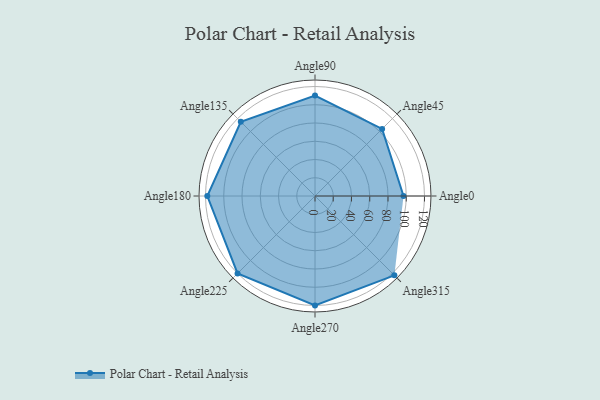
{"axis": {"x": "Angle", "y": "Radius"}, "legend": [""], "data": [{"x": "Angle0", "y": 97.0, "type": ""}, {"x": "Angle45", "y": 104.0, "type": ""}, {"x": "Angle90", "y": 110.0, "type": ""}, {"x": "Angle135", "y": 115.0, "type": ""}, {"x": "Angle180", "y": 118.0, "type": ""}, {"x": "Angle225", "y": 120.0, "type": ""}, {"x": "Angle270", "y": 120.0, "type": ""}, {"x": "Angle315", "y": 123.0, "type": ""}]}